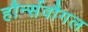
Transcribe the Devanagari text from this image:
हौर्न्सवौगल